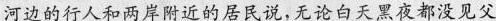
河边的行人和两岸附近的居民说,无论白天黑夜都没见父